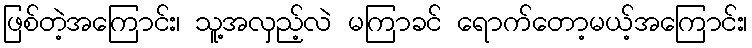
ဖြစ်တဲ့အကြောင်း၊ သူ့အလှည့်လဲ မကြာခင် ရောက်တော့မယ့်အကြောင်း၊